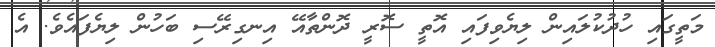
މަތީގައި ހުދުކުލައިން ލިޔެވިފައި އޮތީ ސޮރީ ދޮންތާއޭ އިނގިރޭސި ބަހުން ލިޔެފައެވެ. އެ